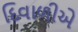
દિવાળીએ